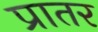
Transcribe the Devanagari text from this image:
प्रातर